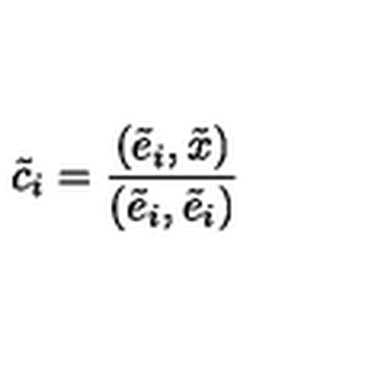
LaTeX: \tilde { c } _ { i } = \frac { ( \tilde { e } _ { i } , \tilde { x } ) } { ( \tilde { e } _ { i } , \tilde { e } _ { i } ) }